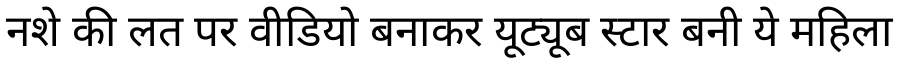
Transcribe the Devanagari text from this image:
नशे की लत पर वीडियो बनाकर यूट्यूब स्टार बनी ये महिला